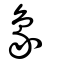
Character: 象